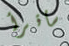
سأقرأ